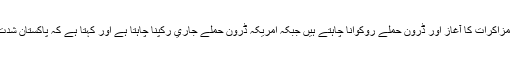
پاکستانی وزير اعظم تجارت کا فروغ، سٹريٹيجک مزاکرات کا آغاز اور ڈرون حملے روکوانا چاہتے ہيں جبکہ امريکہ ڈرون حملے جاري رکپنا چاہتا ہے اور کہتا ہے کہ پاکستان شدت پسندي کے خاتمے کے لئے مزيد اقدامات کرے۔